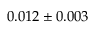
0 . 0 1 2 \pm 0 . 0 0 3